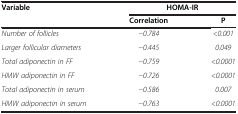
<table><thead><tr><td rowspan="2"><b>Variable</b></td><td colspan="2"><b>HOMA-IR</b></td></tr><tr><td><b>Correlation</b></td><td><b>P</b></td></tr></thead><tbody><tr><td><i>Number of follicles</i></td><td><i>−0.784</i></td><td><i>&lt;0.001</i></td></tr><tr><td><i>Larger follicular diameters</i></td><td><i>−0.445</i></td><td><i>0.049</i></td></tr><tr><td><i>Total adiponectin in FF</i></td><td><i>−0.759</i></td><td><i>&lt;0.0001</i></td></tr><tr><td><i>HMW adiponectin in FF</i></td><td><i>−0.726</i></td><td><i>&lt;0.0001</i></td></tr><tr><td><i>Total adiponectin in serum</i></td><td><i>−0.586</i></td><td><i>0.007</i></td></tr><tr><td><i>HMW adiponectin in serum</i></td><td><i>−0.763</i></td><td><i>&lt;0.0001</i></td></tr></tbody></table>